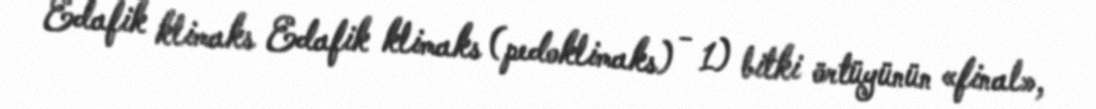
Edafik klimaks Edafik klimaks (pedoklimaks) - 1) bitki örtüyünün «final»,